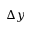
\Delta y